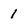
Character: 1